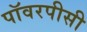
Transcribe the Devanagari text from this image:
पॉवरपीसी